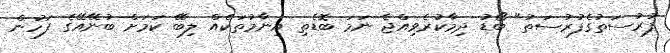
ފުރުސަތުގެފުރުސަތު" ބޯޑު ދިމާކުރެވިއްޖެ ނަމަ ބޮޑެތި އިނާމުތަކެއް ލިބޭ ކަމަށް ބުނޭއޭގެ ފަހުން